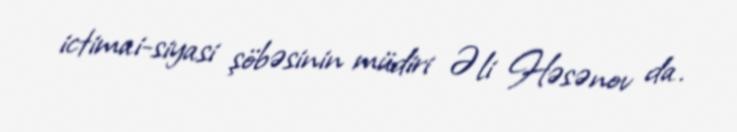
ictimai-siyasi şöbəsinin müdiri Əli Həsənov da.